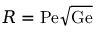
{ \cal R } = \mathrm { P e } \sqrt { \mathrm { G e } }